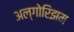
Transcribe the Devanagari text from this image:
अल्गोरिझम